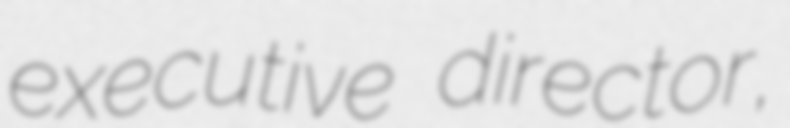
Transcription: executive director,